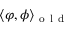
\langle \varphi , \phi \rangle _ { \mathrm { ~ o ~ l ~ d ~ } }